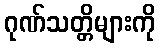
ဂုဏ်သတ္တိများကို